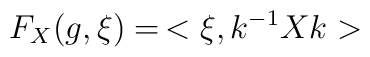
F_X(g,\xi)=\,<\xi,k^{-1}Xk >